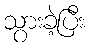
သွားခဲ့ပြီး